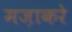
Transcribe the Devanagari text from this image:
मज़ाकरे